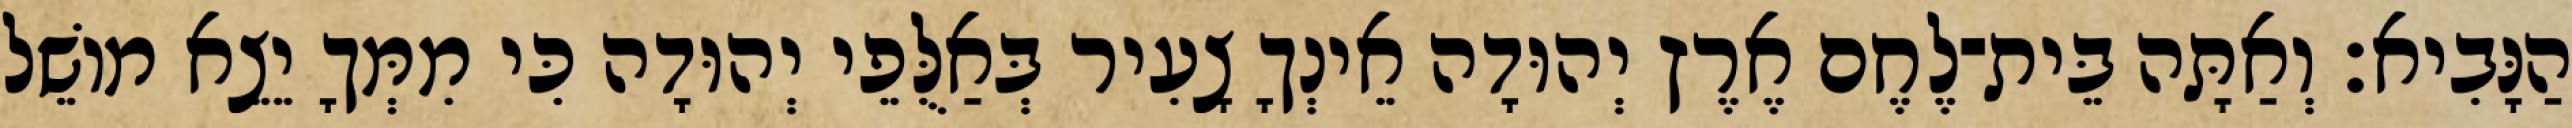
הַנָּבִיא׃ וְאַתָּה בֵּית־לֶחֶם אֶרֶץ יְהוּדָה אֵינְךָ צָעִיר בְּאַלֻּפֵי יְהוּדָה כִּי מִמְּךָ יֵצֵא מוֹשֵׁל